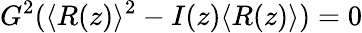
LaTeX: G^{2}(\langle R(z)\rangle^{2}-I(z)\langle R(z)\rangle)=0